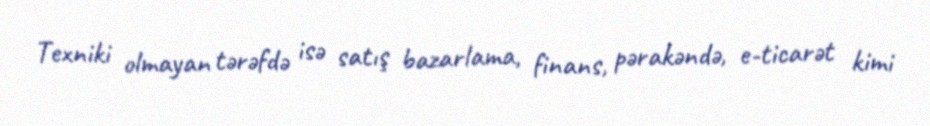
Texniki olmayan tərəfdə isə satış bazarlama, finans, pərakəndə, e-ticarət kimi